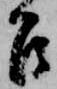
召